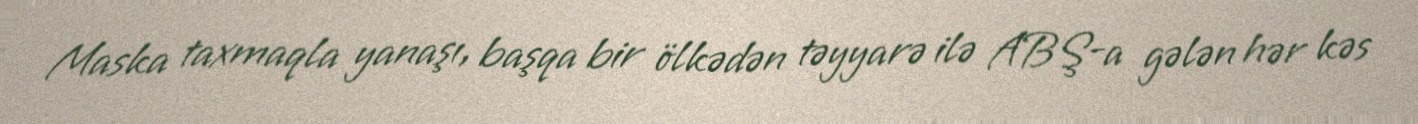
Maska taxmaqla yanaşı, başqa bir ölkədən təyyarə ilə ABŞ-a gələn hər kəs